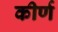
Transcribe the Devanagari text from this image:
कीर्ण